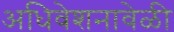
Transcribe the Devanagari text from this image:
अधिवेशनावेळी